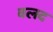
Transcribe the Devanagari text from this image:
वलद